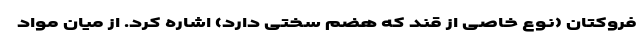
فروکتان (نوع خاصی از قند که هضم سختی دارد) اشاره کرد. از میان مواد